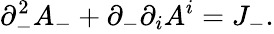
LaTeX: \partial_{-}^{2}A_{-}+\partial_{-}\partial_{i}A^{i}=J_{-}.